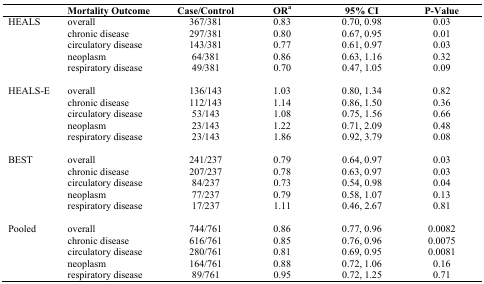
<table><thead><tr><td></td><td><b>Mortality Outcome</b></td><td><b>Case/Control</b></td><td><b>OR<sup>a</sup></b></td><td><b>95% CI</b></td><td><b>P-Value</b></td></tr></thead><tbody><tr><td rowspan="5">HEALS</td><td>overall</td><td>367/381</td><td>0.83</td><td>0.70, 0.98</td><td>0.03</td></tr><tr><td>chronic disease</td><td>297/381</td><td>0.80</td><td>0.67, 0.95</td><td>0.01</td></tr><tr><td>circulatory disease</td><td>143/381</td><td>0.77</td><td>0.61, 0.97</td><td>0.03</td></tr><tr><td>neoplasm</td><td>64/381</td><td>0.86</td><td>0.63, 1.16</td><td>0.32</td></tr><tr><td>respiratory disease</td><td>49/381</td><td>0.70</td><td>0.47, 1.05</td><td>0.09</td></tr><tr><td rowspan="5">HEALS-E</td><td>overall</td><td>136/143</td><td>1.03</td><td>0.80, 1.34</td><td>0.82</td></tr><tr><td>chronic disease</td><td>112/143</td><td>1.14</td><td>0.86, 1.50</td><td>0.36</td></tr><tr><td>circulatory disease</td><td>53/143</td><td>1.08</td><td>0.75, 1.56</td><td>0.66</td></tr><tr><td>neoplasm</td><td>23/143</td><td>1.22</td><td>0.71, 2.09</td><td>0.48</td></tr><tr><td>respiratory disease</td><td>23/143</td><td>1.86</td><td>0.92, 3.79</td><td>0.08</td></tr><tr><td rowspan="5">BEST</td><td>overall</td><td>241/237</td><td>0.79</td><td>0.64, 0.97</td><td>0.03</td></tr><tr><td>chronic disease</td><td>207/237</td><td>0.78</td><td>0.63, 0.97</td><td>0.03</td></tr><tr><td>circulatory disease</td><td>84/237</td><td>0.73</td><td>0.54, 0.98</td><td>0.04</td></tr><tr><td>neoplasm</td><td>77/237</td><td>0.79</td><td>0.58, 1.07</td><td>0.13</td></tr><tr><td>respiratory disease</td><td>17/237</td><td>1.11</td><td>0.46, 2.67</td><td>0.81</td></tr><tr><td rowspan="5">Pooled</td><td>overall</td><td>744/761</td><td>0.86</td><td>0.77, 0.96</td><td>0.0082</td></tr><tr><td>chronic disease</td><td>616/761</td><td>0.85</td><td>0.76, 0.96</td><td>0.0075</td></tr><tr><td>circulatory disease</td><td>280/761</td><td>0.81</td><td>0.69, 0.95</td><td>0.0081</td></tr><tr><td>neoplasm</td><td>164/761</td><td>0.88</td><td>0.72, 1.06</td><td>0.16</td></tr><tr><td>respiratory disease</td><td>89/761</td><td>0.95</td><td>0.72, 1.25</td><td>0.71</td></tr></tbody></table>